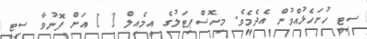
ސިޓީ ހުށަހެޅުއްވުން އެދެމެވެ. މިހޮސްޕިޓަލުގެ އީމެއިލް [ ] އަށް ފޮނުވާ ސިޓީ